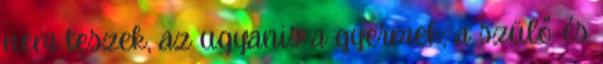
nem teszek, az ugyanis a gyermek, a szülő és